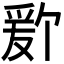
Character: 𬋫